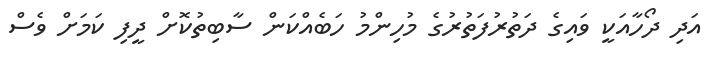
އަދި ދޯހާއަކީ ވައިގެ ދަތުރުފަތުރުގެ މުހިންމު ހަބެއްކަން ސާބިތުކޮށް ދީފި ކަމަށް ވެސް